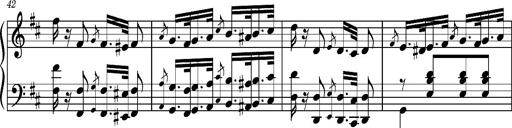
Title: Ungarischer Romanzero
Composer: Franz Liszt